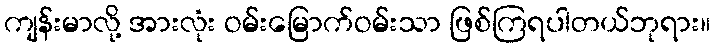
ကျန်းမာလို့ အားလုံး ဝမ်းမြောက်ဝမ်းသာ ဖြစ်ကြရပါတယ်ဘုရား။